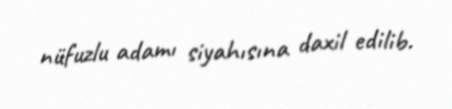
nüfuzlu adamı siyahısına daxil edilib.